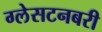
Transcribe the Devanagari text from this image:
ग्लेसटनबरी